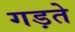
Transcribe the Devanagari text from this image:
गड़ते